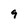
Character: 9